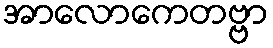
အာလောကေတဗ္ဗာ